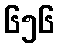
၆၅၆